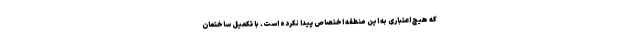
که هیچ اعتباری به این منطقه اختصاص پیدا نکرده است. با تکمیل ساختمان